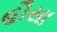
હૌસા